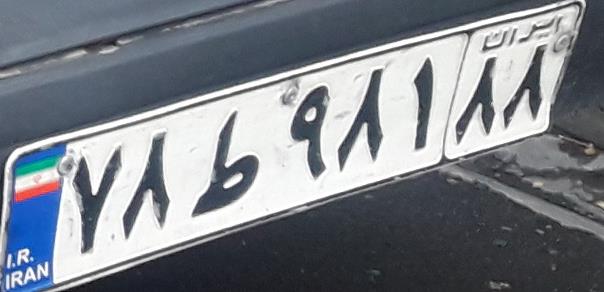
۷۸ط۹۸۱۸۸